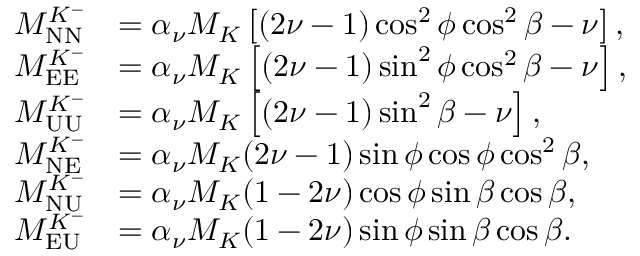
\begin{array} { r l } { M _ { \mathrm { N N } } ^ { K ^ { - } } } & { = \alpha _ { \nu } M _ { K } \left[ ( 2 \nu - 1 ) \cos ^ { 2 } \phi \cos ^ { 2 } \beta - \nu \right] , } \\ { M _ { \mathrm { E E } } ^ { K ^ { - } } } & { = \alpha _ { \nu } M _ { K } \left[ ( 2 \nu - 1 ) \sin ^ { 2 } \phi \cos ^ { 2 } \beta - \nu \right] , } \\ { M _ { \mathrm { U U } } ^ { K ^ { - } } } & { = \alpha _ { \nu } M _ { K } \left[ ( 2 \nu - 1 ) \sin ^ { 2 } \beta - \nu \right] , } \\ { M _ { \mathrm { N E } } ^ { K ^ { - } } } & { = \alpha _ { \nu } M _ { K } ( 2 \nu - 1 ) \sin \phi \cos \phi \cos ^ { 2 } \beta , } \\ { M _ { \mathrm { N U } } ^ { K ^ { - } } } & { = \alpha _ { \nu } M _ { K } ( 1 - 2 \nu ) \cos \phi \sin \beta \cos \beta , } \\ { M _ { \mathrm { E U } } ^ { K ^ { - } } } & { = \alpha _ { \nu } M _ { K } ( 1 - 2 \nu ) \sin \phi \sin \beta \cos \beta . } \end{array}